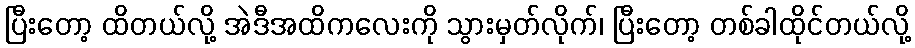
ပြီးတော့ ထိတယ်လို့ အဲဒီအထိကလေးကို သွားမှတ်လိုက်၊ ပြီးတော့ တစ်ခါထိုင်တယ်လို့